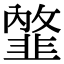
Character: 𩐇